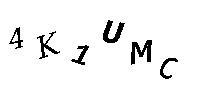
4K1UMC